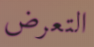
التعرض